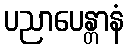
ပညာပေန္တာနံ